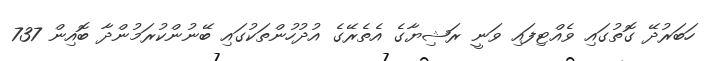
ހަބަރުދޭ ގޮތުގައި ވެއްޓިފައި ވަނީ ރަޝިޔާގެ އެތެރޭގެ އުދުހުންތަކުގައި ބޭނުންކުރަމުންދާ ބޮއިން 737